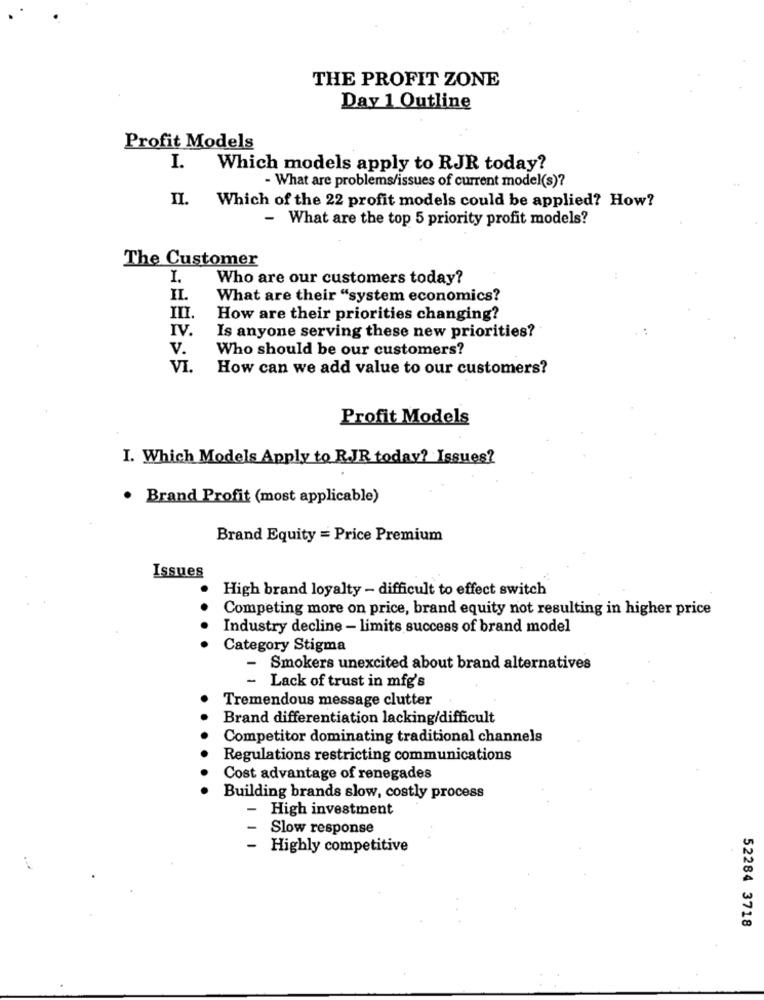
THE PROFIT ZONE
Day 1 Outline
Profit Models
I.
Which models apply to RJR today?
- What are problems/issues of current model(s)?
II. Which of the 22 profit models could be applied? How?
- What are the top 5 priority profit models?
The Customer
I.
Who are our customers today?
II.
What are their "system economics?
III.
How are their priorities changing?
IV.
Is anyone serving these new priorities?
V.
Who should be our customers?
VI.
How can we add value to our customers?
Profit Models
I. Which Models Apply to R.JR today? Issues?
· Brand Profit (most applicable)
Brand Equity = Price Premium
Issues
High brand loyalty - difficult to effect switch
Competing more on price, brand equity not resulting in higher price
Industry decline - limits success of brand model
Category Stigma
- Smokers unexcited about brand alternatives
- Lack of trust in mfg's
Tremendous message clutter
Brand differentiation lacking/difficult
Competitor dominating traditional channels
Regulations restricting communications
Cost advantage of renegades
Building brands slow, costly process
-
High investment
Slow response
-
Highly competitive
52284 3718